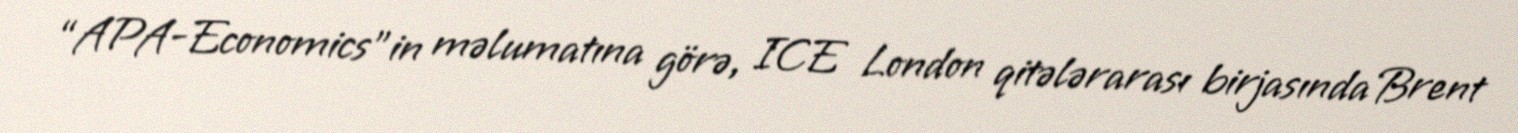
“APA-Economics”in məlumatına görə, ICE London qitələrarası birjasında Brent